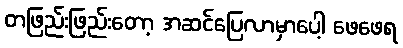
တဖြည်းဖြည်းတော့ အဆင်ပြေလာမှာပေါ့ ဖေဖေရ